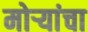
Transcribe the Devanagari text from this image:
मोर्‍यांचा